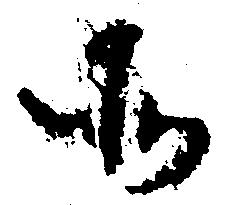
そ